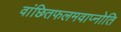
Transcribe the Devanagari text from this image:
वांछितफलमवाप्नोति